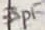
Text: 33pF